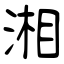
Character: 湘